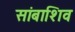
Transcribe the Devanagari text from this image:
सांबाशिव